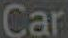
Car